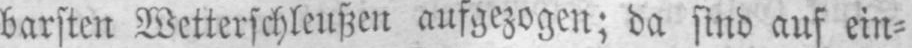
barsten Wetterschleußen aufgezogen; da sind auf ein⸗